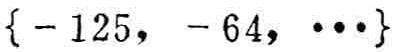
\(\{-125, -64, \cdots\}\)